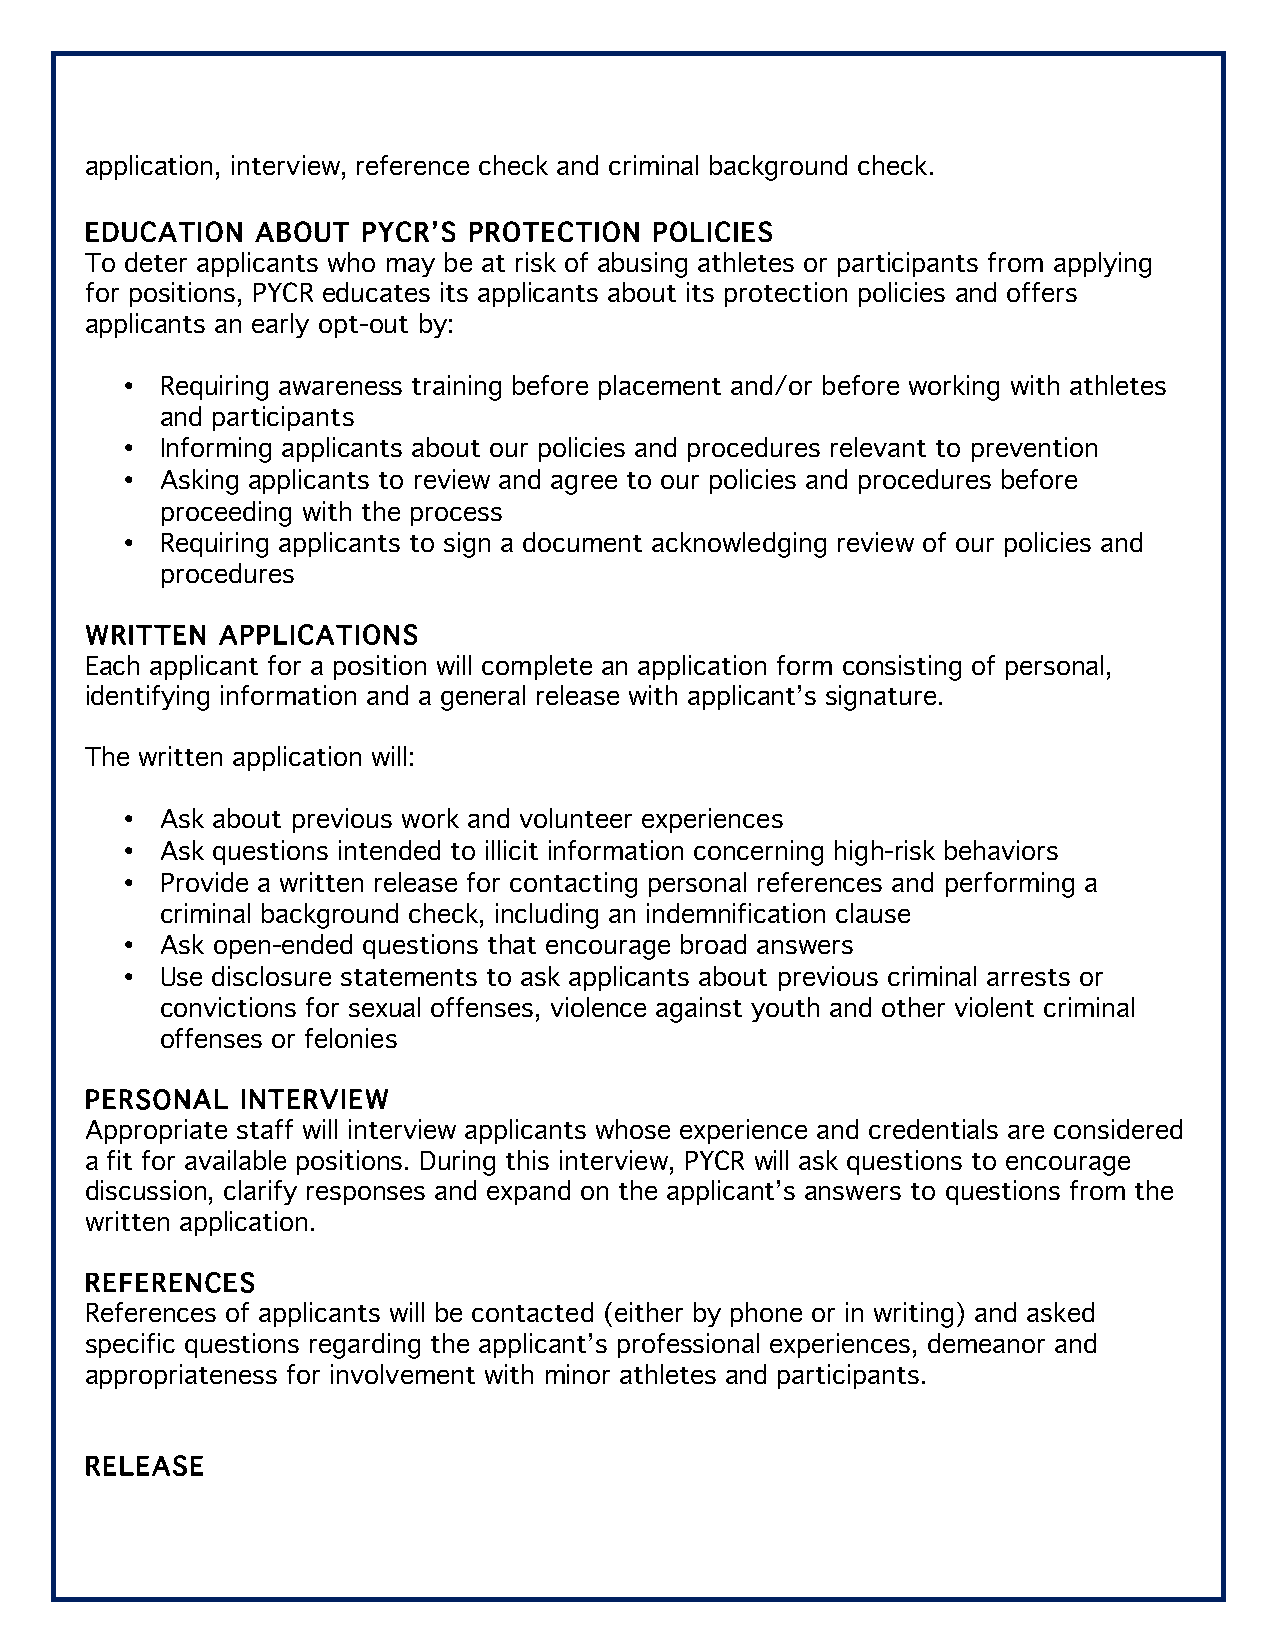
application, interview, reference check and criminal background check.
 EDUCATION  ABOUT  PYCR’S PROTECTION  POLICIES
 To deter applicants who may be at risk of abusing athletes or participants from applying
 for positions, PYCR educates its applicants about its protection policies and offers
 applicants an early opt-out by:
 •  Requiring awareness training before placement and/or before working with athletes
 and participants
 •  Informing applicants about our policies and procedures relevant to prevention
 •  Asking applicants to review and agree to our policies and procedures before
 proceeding with the process
 •  Requiring applicants to sign a document acknowledging review of our policies and
 procedures
 WRITTEN  APPLICATIONS
 Each applicant for a position will complete an application form consisting of personal,
 identifying information and a general release with applicant’s signature.
 The written application will:
 •  Ask about previous work and volunteer experiences
 •  Ask questions intended to illicit information concerning high-risk behaviors
 •  Provide a written release for contacting personal references and performing a
 criminal background check, including an indemnification clause
 •  Ask open-ended questions that encourage broad answers
 •  Use disclosure statements to ask applicants about previous criminal arrests or
 convictions for sexual offenses, violence against youth and other violent criminal
 offenses or felonies
 PERSONAL  INTERVIEW
 Appropriate staff will interview applicants whose experience and credentials are considered
 a fit for available positions. During this interview, PYCR will ask questions to encourage
 discussion, clarify responses and expand on the applicant’s answers to questions from the
 written application.
 REFERENCES
 References of applicants will be contacted (either by phone or in writing) and asked
 specific questions regarding the applicant’s professional experiences, demeanor and
 appropriateness for involvement with minor athletes and participants.
 RELEASE